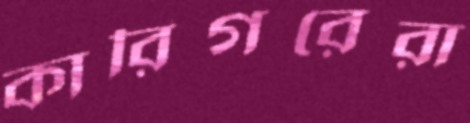
কারিগরেরা